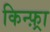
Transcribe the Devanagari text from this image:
किन्फ़्रा